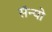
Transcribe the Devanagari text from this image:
सॅन्यो